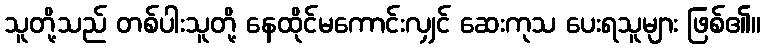
သူတို့သည် တစ်ပါးသူတို့ နေထိုင်မကောင်းလျှင် ဆေးကုသ ပေးရသူများ ဖြစ်၏။